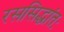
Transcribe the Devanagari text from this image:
रससिद्धांतः